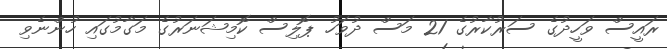
ރައީސް ވަހީދުގެ ސަރުކާރުގެ 21 މަސް ދުވަހު ޕޮލިސް ކޮމިޝަނަރުގެ މަގާމުގައި ހުންނެވި